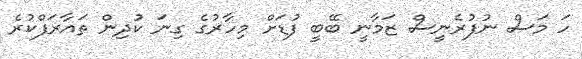
ހަ މަސް ނުފުރެނީސް ޒަމާނީ ބޭބީ ފުޑަށް މިހާރުގެ ގިނަ ކުދިން ތައާރަފްކުރެ